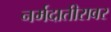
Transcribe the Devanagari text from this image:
नर्मदातीरावर